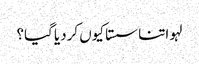
لہو اتنا سستا کیوں کردیا گیا؟